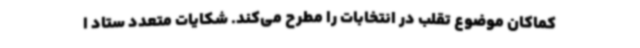
کماکان موضوع تقلب در انتخابات را مطرح می‌کند. شکایات متعدد ستاد ا